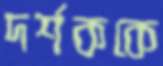
দর্শককে